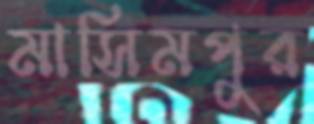
মাসিমপুর